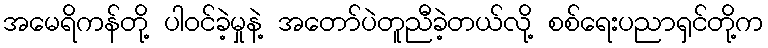
အမေရိကန်တို့ ပါဝင်ခဲ့မှုနဲ့ အတော်ပဲတူညီခဲ့တယ်လို့ စစ်ရေးပညာရှင်တို့က